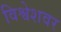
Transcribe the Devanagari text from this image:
विश्वेशवर